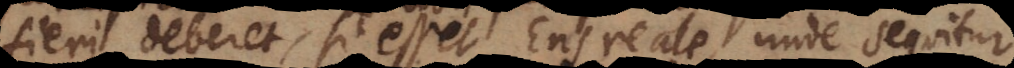
fieri deberet, si esset Ens reale, unde sequitur